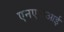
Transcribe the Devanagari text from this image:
एनएफआई